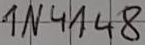
Text: 1N4148